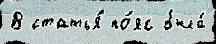
В статья́ по́яс была́